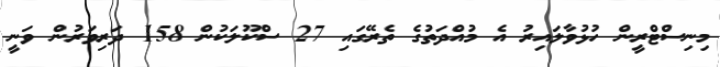
މިނިސްޓްރީން ހުޅުވާލައިރު އެ މުއްދަތުގެ ތެރޭގައި 27 ސްކޫލަކުން 158 ދަރިވަރުން ވަނީ